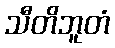
သီတိဘူတံ